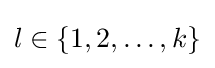
l\in \{1,2,\ldots ,k\}